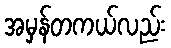
အမှန်တကယ်လည်း